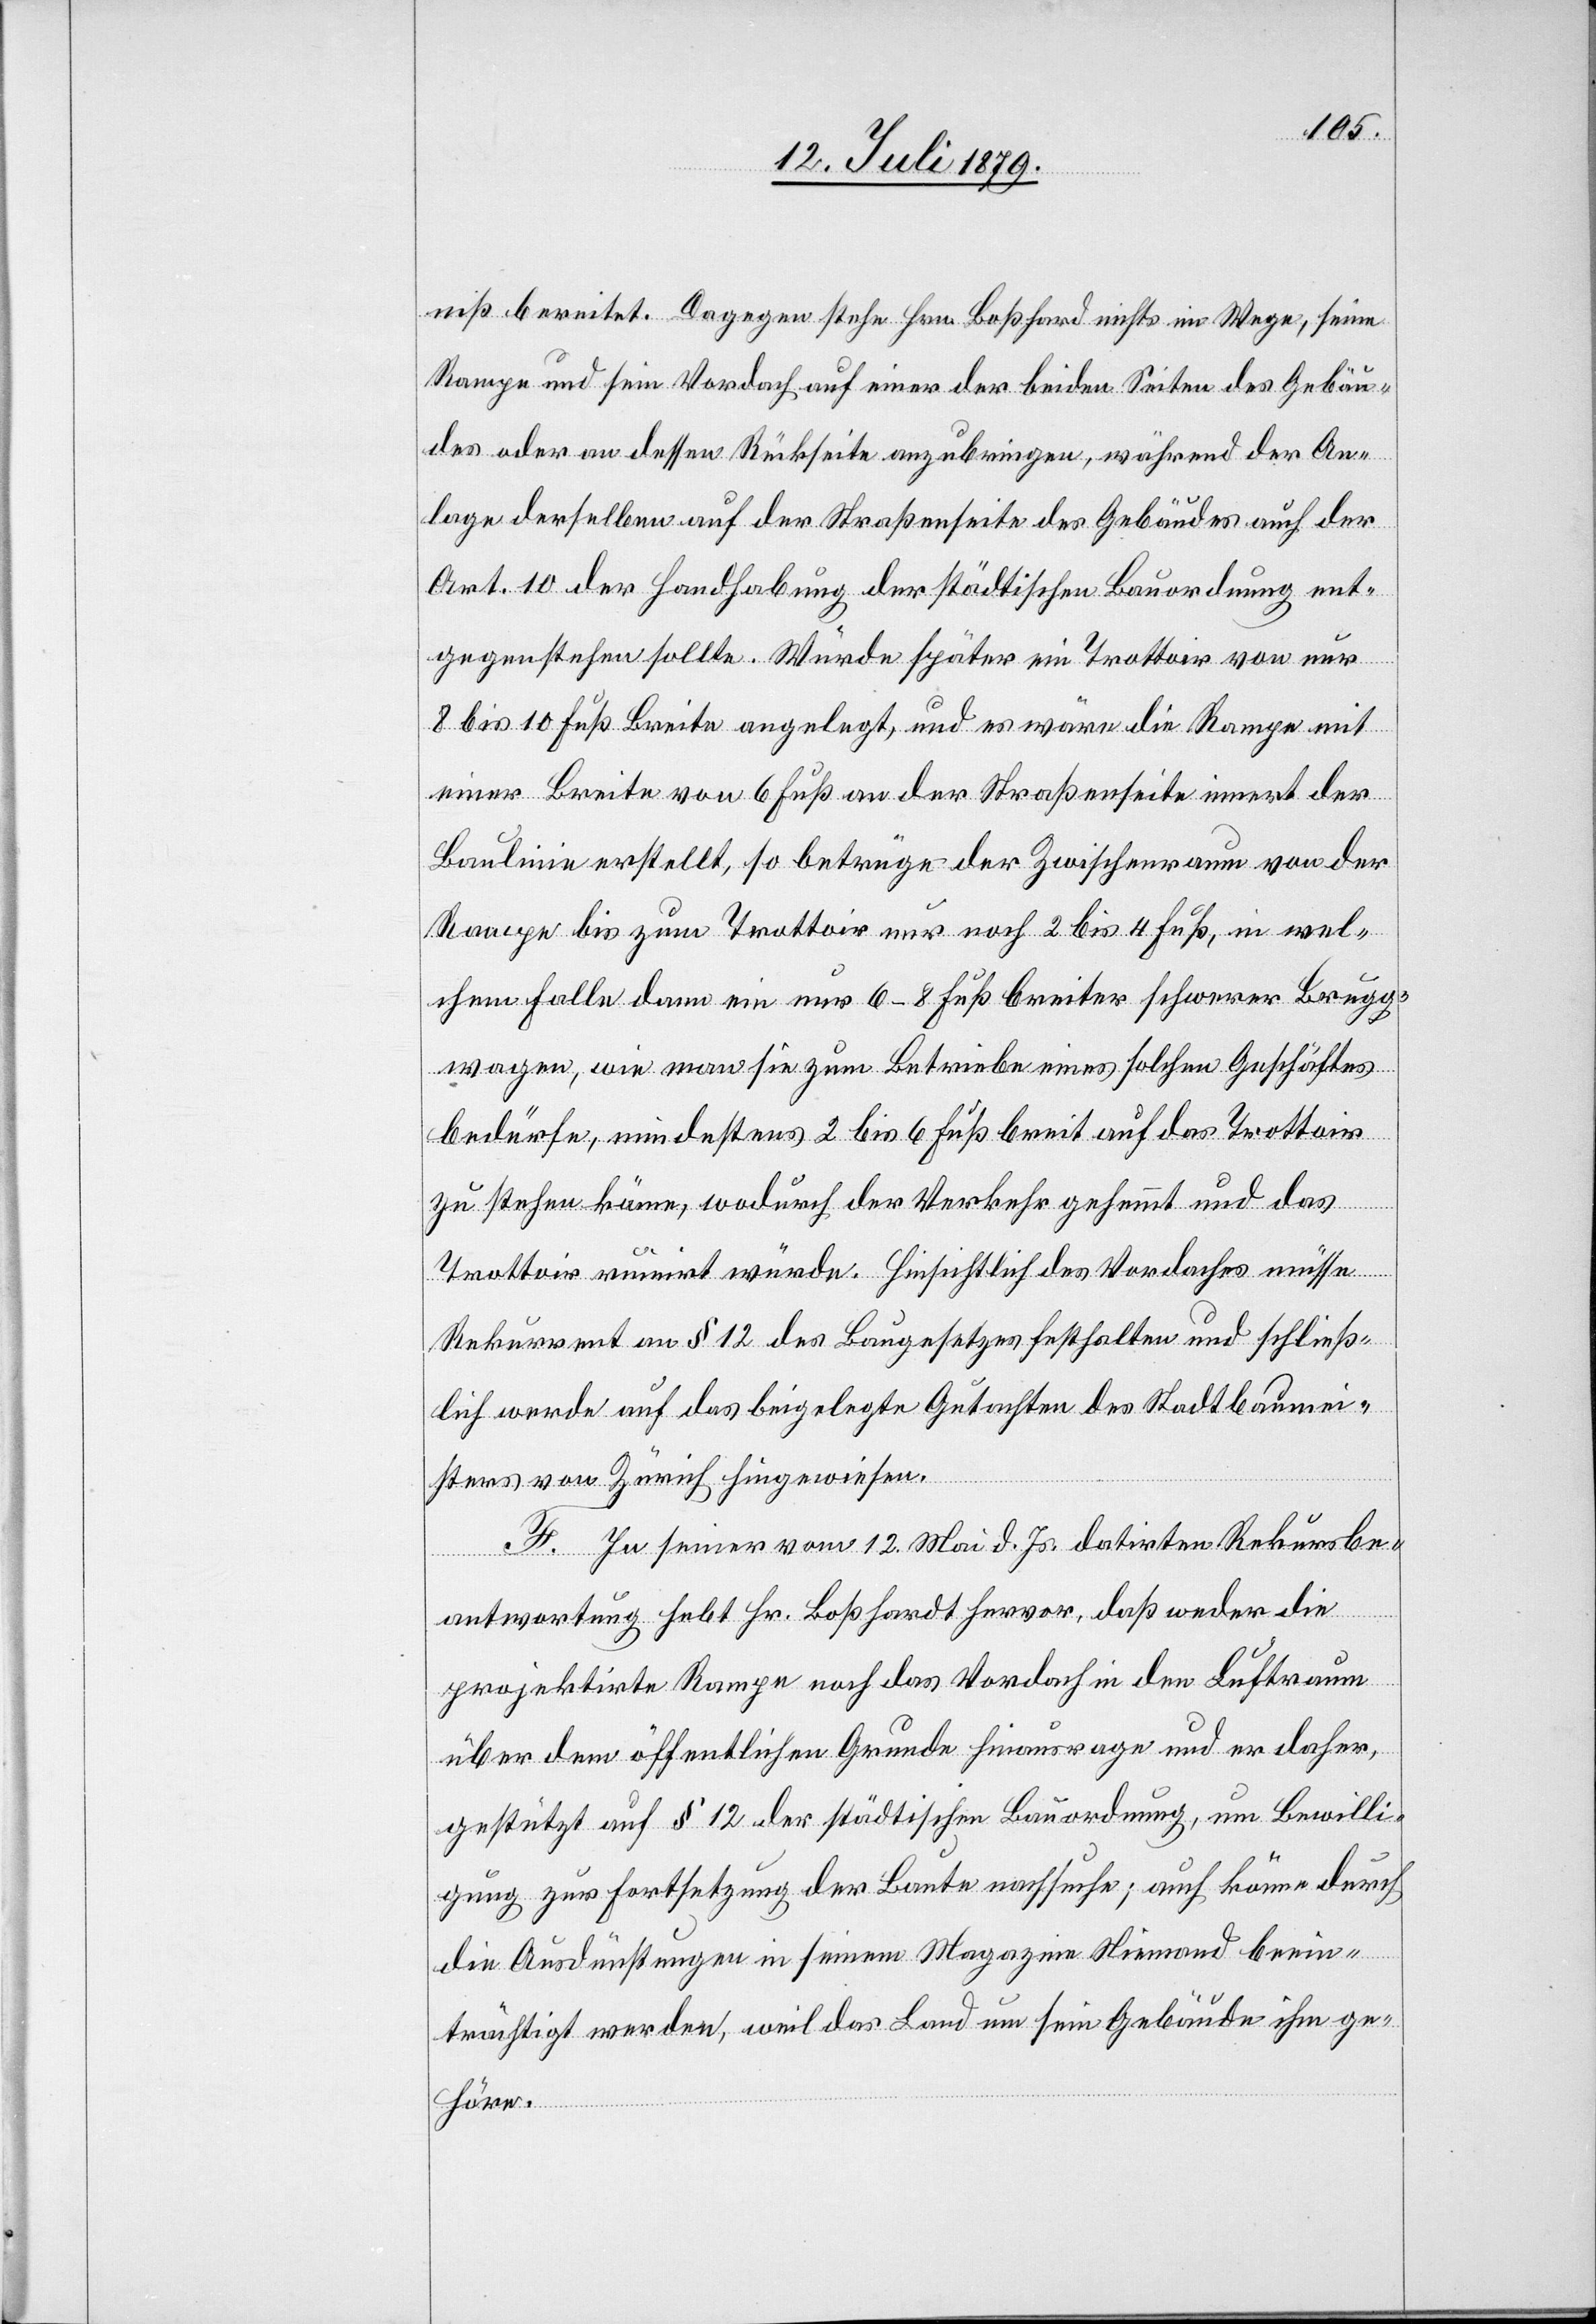
niß bereitet. Dagegen stehe Hrn. Boßhard nichts im Wege, seine
Rampe und sein Vordach auf einer der beiden Seiten des Gebäu¬
des oder an dessen Rückseite anzubringen, während der An¬
lage derselben auf der Straßenseite des Gebäudes auch der
Art. 10 der Handhabung der städtischen Bauordnung ent¬
gegenstehen sollte. Würde später ein Trottoir von nur
8 bis 10 Fuß Breite angelegt, und es wäre die Rampe mit
einer Breite von 6 Fuß an der Straßenseite innert der
Baulinie erstellt, so betrüge der Zwischenraum von der
Rampe bis zum Trottoir nur noch 2 bis 4 Fuß, in wel¬
chem Falle dann ein nur 6–8 Fuß breiter schwerer Brugg¬
wagen, wie man sie zum Betriebe eines solchen Geschäftes
bedürfe, mindestens 2 bis 6 Fuß breit auf das Trottoir
zu stehen käme, wodurch der Verkehr gehemmt und das
Trottoir ruinirt würde. Hinsichtlich des Vordaches müsse
Rekurrent an § 12 des Baugesetzes festhalten und schließ¬
lich werde auf das beigelegte Gutachten des Stadtbaumei¬
sters von Zürich hingewiesen.
F. In seiner vom 12. Mai d. Js. datirten Rekursbe¬
antwortung hebt Hr. Boßhardt hervor, daß weder die
projektirte Rampe noch das Vordach in den Luftraum
über dem öffentlichen Grund hinausrage und er daher,
gestützt auf § 12 der städtischen Bauordnung, um Bewilli¬
gung zur Fortsetzung der Baute nachsuche; auch könne durch
die Ausdünstungen in seinem Magazine Niemand beein¬
trächtigt werden, weil das Land um sein Gebäude ihm ge¬
höre.